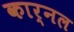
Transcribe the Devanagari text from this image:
कार्नल